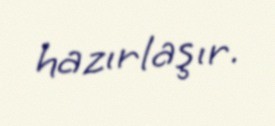
hazırlaşır.